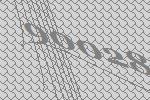
90028